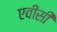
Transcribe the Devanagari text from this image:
एवीसी